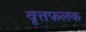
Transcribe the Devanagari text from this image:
वृत्तफलक